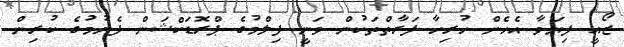
ޒޯއީ ފިޔަވާ އެހެން ހުރިހާ ފަރާތްތަކުން ވަނީ ފިލްމުގެ ޕްރޮޑަކްޝަން ފެށުމުގެ ކުރިން